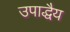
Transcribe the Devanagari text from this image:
उपाद्धैय